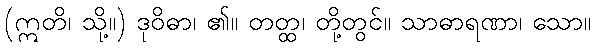
(ဣတိ၊ သို့။) ဒုဝိဓာ၊ ၏။ တတ္ထ၊ တို့တွင်။ သာဓာရဏာ၊ သော။